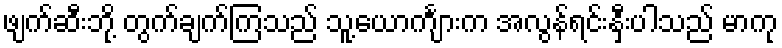
ဖျက်ဆီးဘို့ တွက်ချက်ကြသည် သူ့ယောင်္ကျားက အလွန်ရင်းနှီးပါသည် မာကု